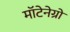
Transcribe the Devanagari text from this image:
मॉटेनेग्रो